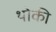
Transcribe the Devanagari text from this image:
थोकी